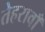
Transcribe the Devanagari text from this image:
तेहरावाँ